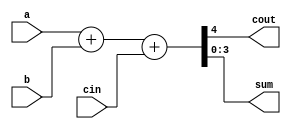
// You are provided with a BCD (binary-coded decimal) one-digit adder named bcd_fadd that adds two BCD digits and carry-in, and produces a sum and carry-out.

module bcd_fadd (
    input [3:0] a,
    input [3:0] b,
    input     cin,
    output   cout,
    output [3:0] sum );

    assign {cout, sum} = a + b + cin;
endmodule

module top_module ( 
    input [15:0] a, b,
    input cin,
    output cout,
    output [15:0] sum );

    wire [3:0] c;

    bcd_fadd c1 (a[3:0], b[3:0], cin, c[0], sum[3:0]);
    bcd_fadd c2 (a[7:4], b[7:4], c[0], c[1], sum[7:4]);
    bcd_fadd c3 (a[11:8], b[11:8], c[1], c[2], sum[11:8]);
    bcd_fadd c4 (a[15:12], b[15:12], c[2], cout, sum[15:12]);

endmodule